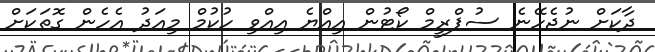
ދާކަށް ނުޖެހޭނެ ސުޕްރީމް ކޯޓުން އިއްޔެ އިއްވި ހުކުމް މިއަދު އެހެން ގޮތަކަށް